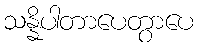
သန္နိပါတာပေတွာပေ